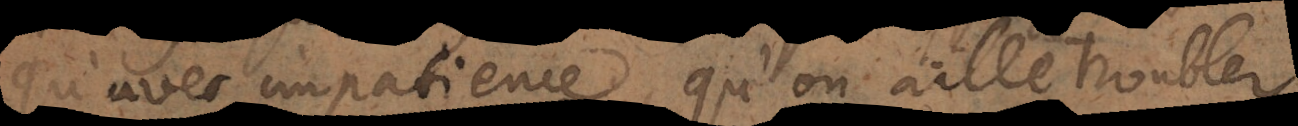
qu’avec impatience, qu’on aille troubler